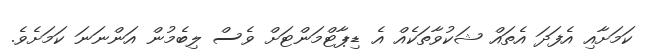
ކަމަށާއި އެފަދަ އެތައް ޝަކުވާތަކެއް އެ ޑިޕާޓްމަންޓަށް ވެސް ލިބެމުން އަންނަނަ ކަމަށެވެ.